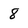
Character: 8